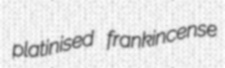
platinised frankincense